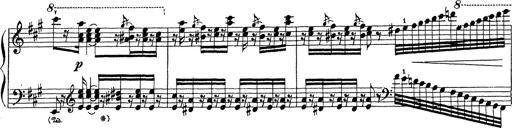
Title: Ballade No.1
Composer: Richard St. Clair